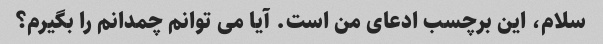
سلام، این برچسب ادعای من است. آیا می توانم چمدانم را بگیرم؟